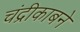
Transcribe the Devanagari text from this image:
चंद्रीकाबने